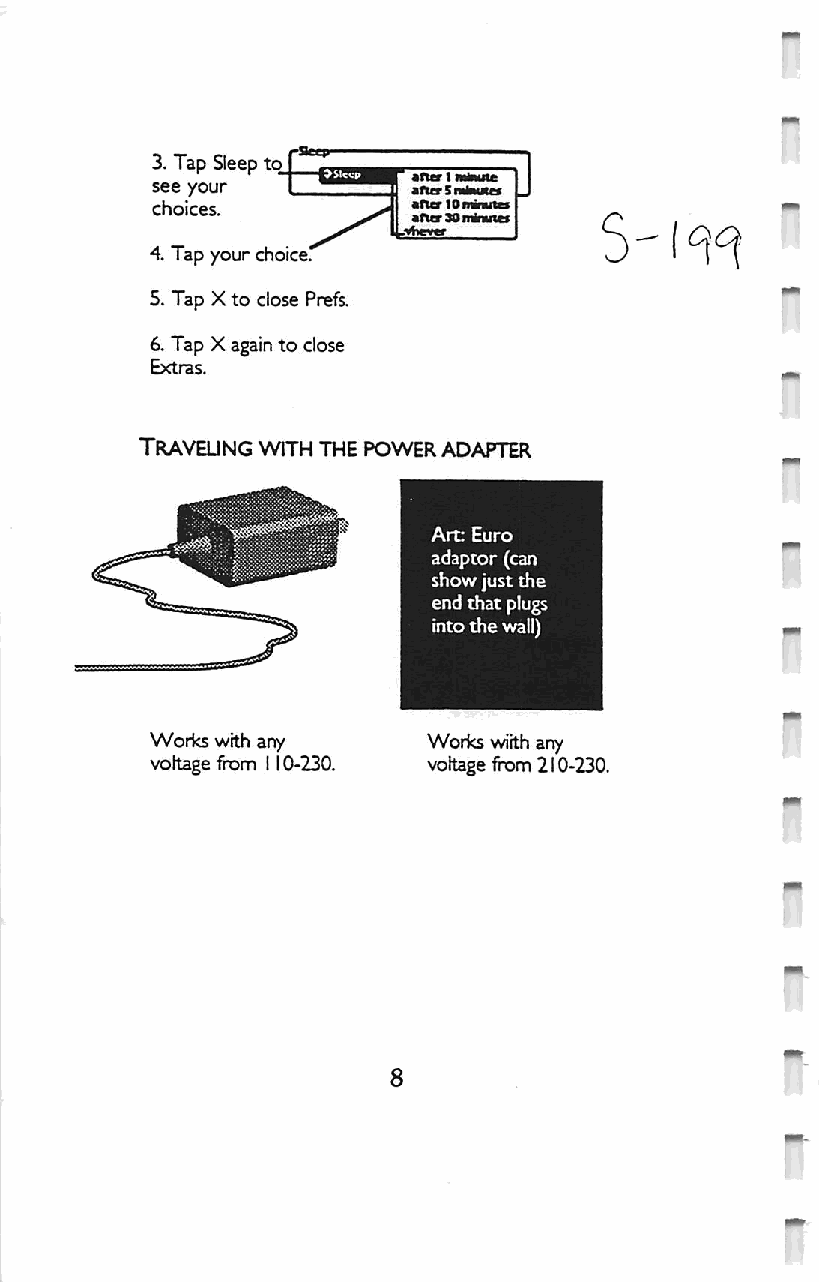
5
 Trayeung with the power adapter
 Arc Euro
 adaptor (can
 show just the
 end that plugs
 into the wall)
 Works wrth any    Works wiith any
 voftage from 110-230. voftage from 210-230.
 8